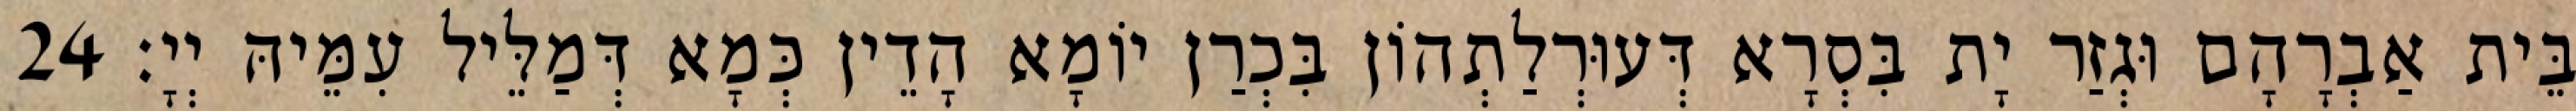
בֵּית אַבְרָהָם וּגְזַר יָת בִּסְרָא דְּעוּרְלַתְהוֹן בִּכְרַן יוֹמָא הָדֵין כְּמָא דְּמַלֵּיל עִמֵּיהּ יְיָ׃ 24